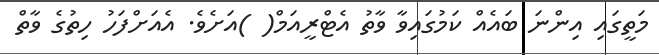
މަތީގައި އިންނަ ބައެއް ކަމުގައިވާ ވާތު އެޓްރީއަމް( )އަށެވެ. އެއަށްފަހު ހިތުގެ ވާތް